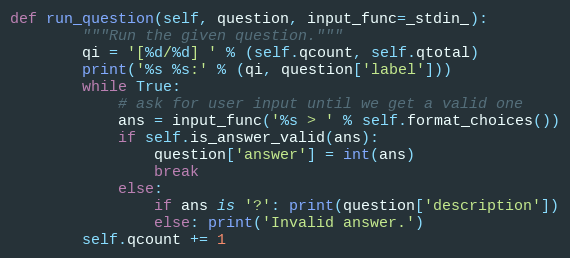
Language: Python
def run_question(self, question, input_func=_stdin_):
        """Run the given question."""
        qi = '[%d/%d] ' % (self.qcount, self.qtotal)
        print('%s %s:' % (qi, question['label']))
        while True:
            # ask for user input until we get a valid one
            ans = input_func('%s > ' % self.format_choices())
            if self.is_answer_valid(ans):
                question['answer'] = int(ans)
                break
            else:
                if ans is '?': print(question['description'])
                else: print('Invalid answer.')
        self.qcount += 1